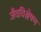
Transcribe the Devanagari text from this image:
जैवविश्लेषण